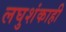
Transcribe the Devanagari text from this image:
लघुशंकाही